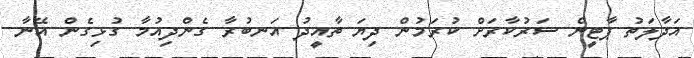
އަދާލަތު ޕާޓީން ސަރުކާރަށް ކުރަމުން ދިޔަ ތާއީދު އަނބުރާ ގެންދިއުމާ ގުޅިގެން އޭނާ